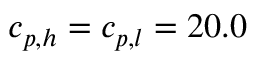
{ c _ { p , h } } = { c _ { p , l } } = 2 0 . 0